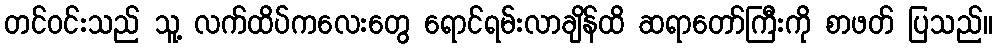
တင်ဝင်းသည် သူ့ လက်ထိပ်ကလေးတွေ ရောင်ရမ်းလာချိန်ထိ ဆရာတော်ကြီးကို စာဖတ် ပြသည်။